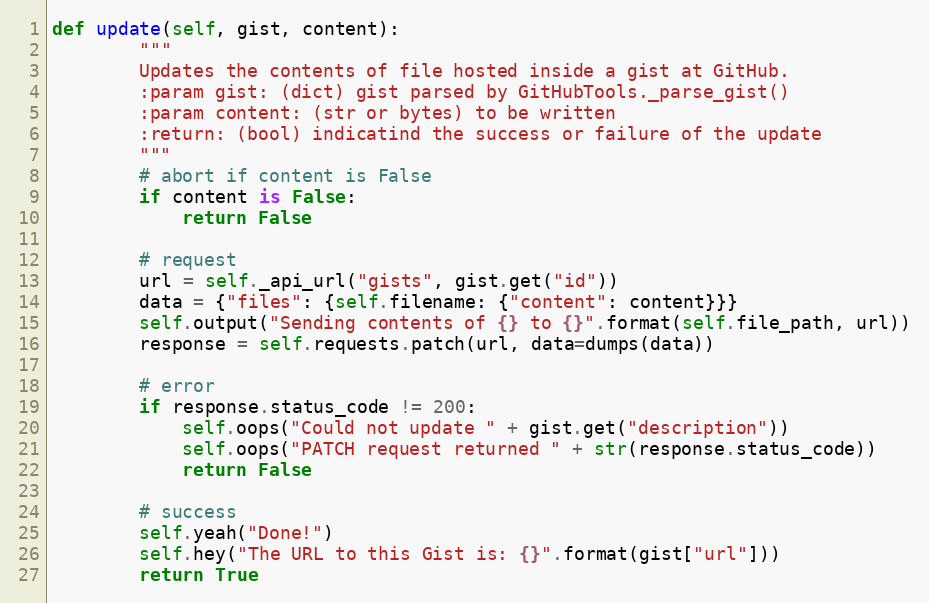
Language: Python
def update(self, gist, content):
        """
        Updates the contents of file hosted inside a gist at GitHub.
        :param gist: (dict) gist parsed by GitHubTools._parse_gist()
        :param content: (str or bytes) to be written
        :return: (bool) indicatind the success or failure of the update
        """
        # abort if content is False
        if content is False:
            return False

        # request
        url = self._api_url("gists", gist.get("id"))
        data = {"files": {self.filename: {"content": content}}}
        self.output("Sending contents of {} to {}".format(self.file_path, url))
        response = self.requests.patch(url, data=dumps(data))

        # error
        if response.status_code != 200:
            self.oops("Could not update " + gist.get("description"))
            self.oops("PATCH request returned " + str(response.status_code))
            return False

        # success
        self.yeah("Done!")
        self.hey("The URL to this Gist is: {}".format(gist["url"]))
        return True